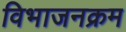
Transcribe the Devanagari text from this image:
विभाजनक्रम